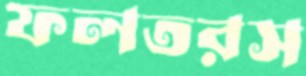
ফলতরস